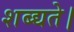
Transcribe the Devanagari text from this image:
शब्द्यते।